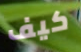
كيف